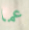
عما